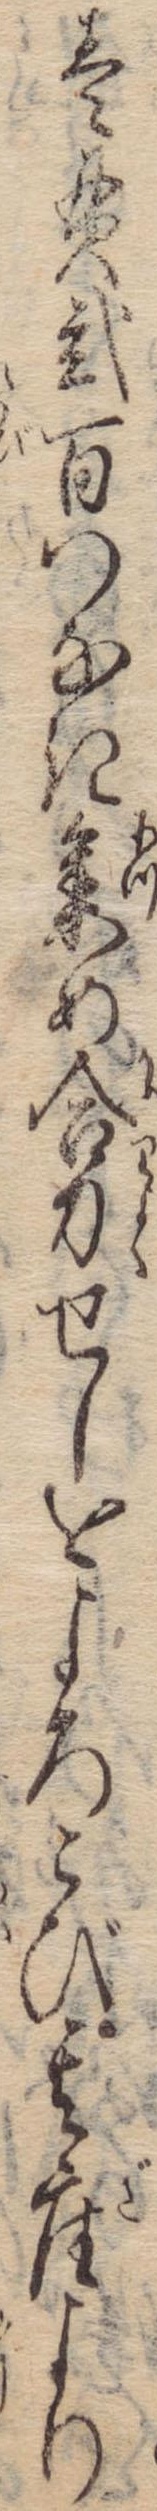
壱貫弐百つなき集め合力せしをよろこび其座より